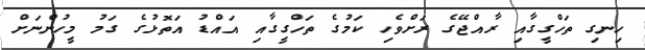
ހިނގި ތަހްގީގާއި ރާއްޖޭގެ ރަށްވެހި ކަމުގެ ތަހްގީގާއި އައްޑު އަތޮޅުގެ ގަމު މީހުންނަށް